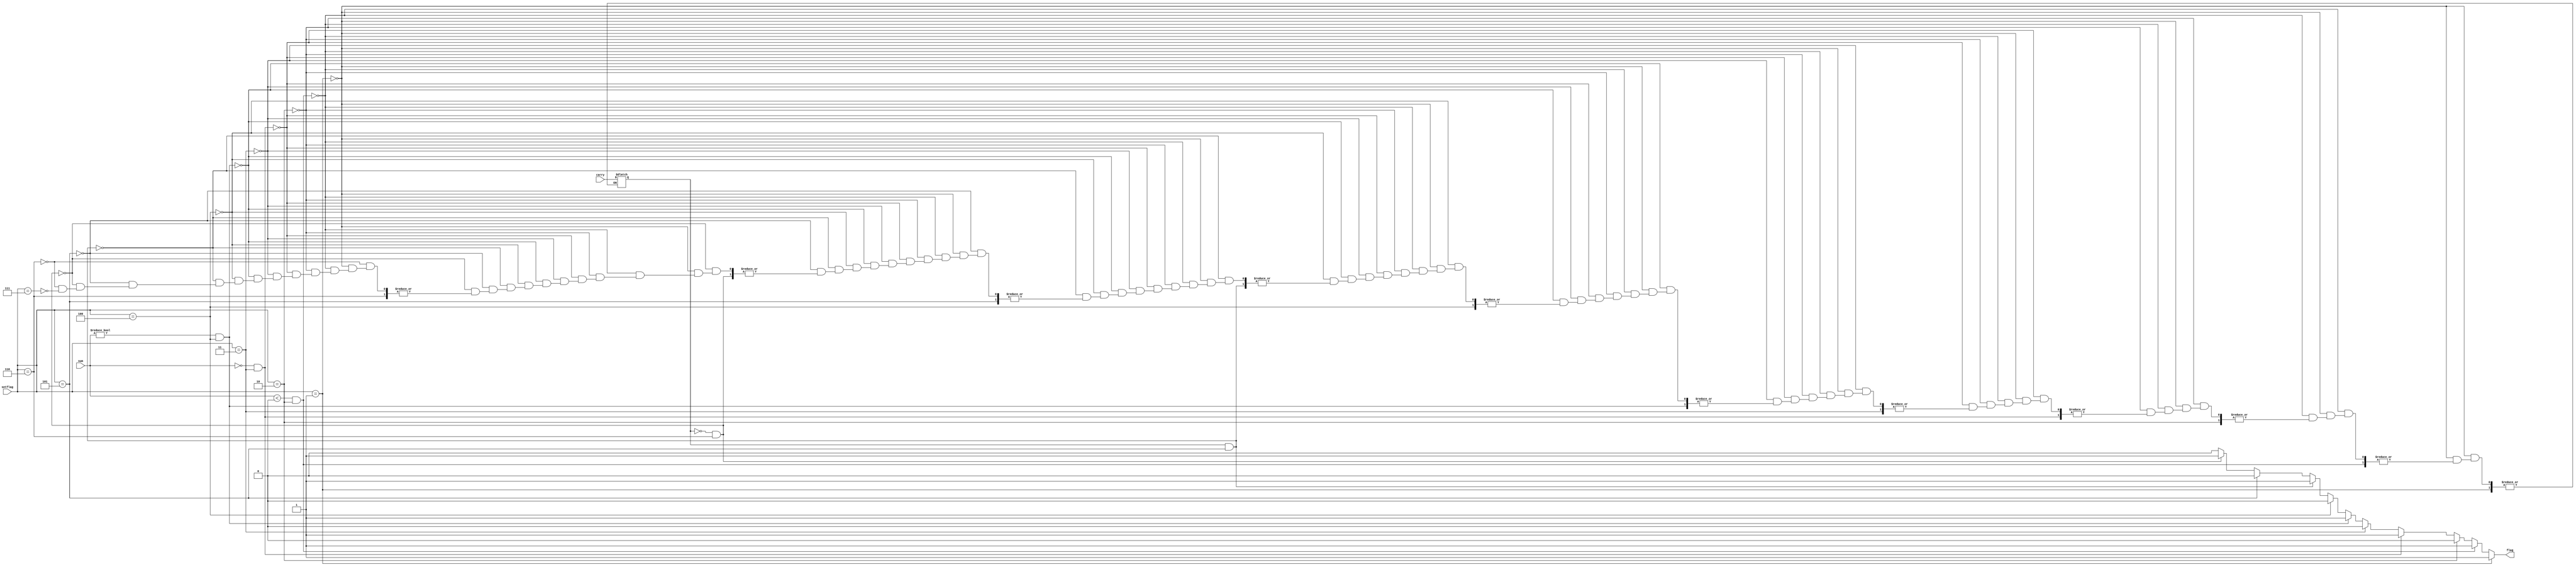
`timescale 1ns / 1ps
//////////////////////////////////////////////////////////////////////////////////
// Company: 
// Engineer: 
// 
// Design Name: 
// Module Name:    Flag 
// Project Name: 
// Target Devices: 
// Tool versions: 
// Description: 
//
// Dependencies: 
//
// Revision: 
// Revision 0.01 - File Created
// Additional Comments: 
//
//////////////////////////////////////////////////////////////////////////////////
module Flag( input signed [31:0] sum, input[2:0] setflag, input carry, output reg flag);
	reg hasCarry;
	always@(setflag or sum or carry) begin
		if(setflag == 3'b001) begin
			flag = 1;
		end
		else if(sum < 0 && setflag == 3'b010) begin
			flag = 1;
		end
		else if(setflag == 3'b010) begin
			flag = 0;
		end
		else if(sum == 0 && setflag == 3'b011) begin
			flag = 1;
		end
		else if(setflag == 3'b011) begin
			flag = 0;
		end
		else if(sum != 0 && setflag == 3'b100) begin
			flag = 1;
		end
		else if(setflag == 3'b100) begin
			flag = 0;
		end
		else if(hasCarry == 1 && setflag == 3'b101) begin
			flag = 1;
		end
		else if(setflag == 3'b101) begin
			flag = 0;
		end
		else if(hasCarry == 0 && setflag == 3'b110) begin
			flag = 1;
		end
		else if(setflag == 3'b110) begin
			flag = 0;
		end
		else if(setflag ==3'b111) begin
			flag = 0;
			hasCarry = carry;
		end
		else begin
			flag = 0;
		end
	end

endmodule